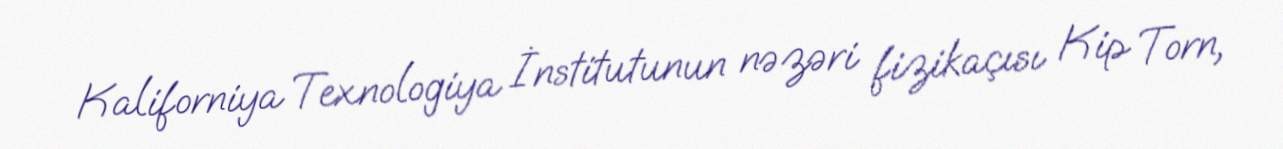
Kaliforniya Texnologiya İnstitutunun nəzəri fizikaçısı Kip Torn,